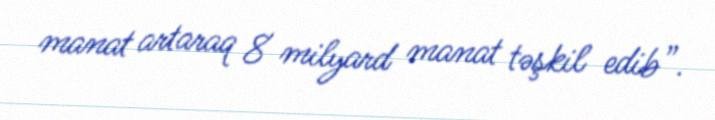
manat artaraq 8 milyard manat təşkil edib”.